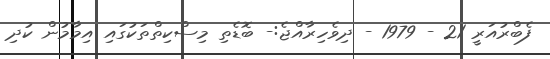
ފެބްރުއަރީ 21 - 1979 - ދިވެހިރާއްޖެ:- ބޮޑެތި މިސްކިތްތަކުގައި އިމާމުން ކުދި